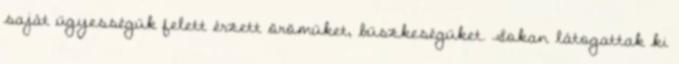
saját ügyességük felett érzett örömüket, büszkeségüket. Sokan látogattak ki